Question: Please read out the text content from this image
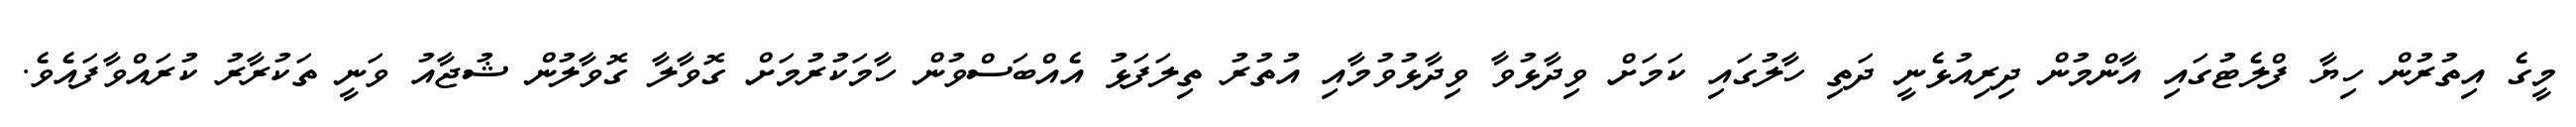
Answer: މީގެ އިތުރުން ހިޔާ ފްލެޓުގައި އާންމުން ދިރިއުޅެނީ ދަތި ހާލުގައި ކަމަށް ވިދާޅުވާ ވިދާޅުވުމާއި އުތުރު ތިލަފަޅު އެއްބަސްވުން ހާމަކުރުމަށް ގޮވާލާ ގޮވާލުން ޝުޖާއު ވަނީ ތަކުރާރު ކުރައްވާފައެވެ.